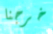
خرجنا